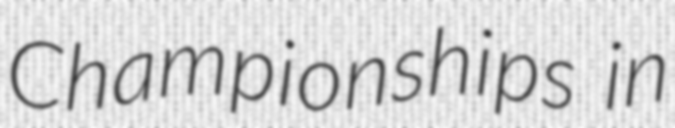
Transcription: Championships in